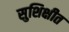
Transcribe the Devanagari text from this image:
सुशिक्षीत